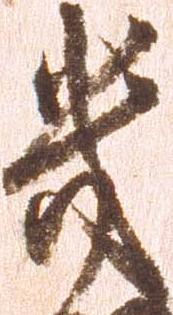
幾